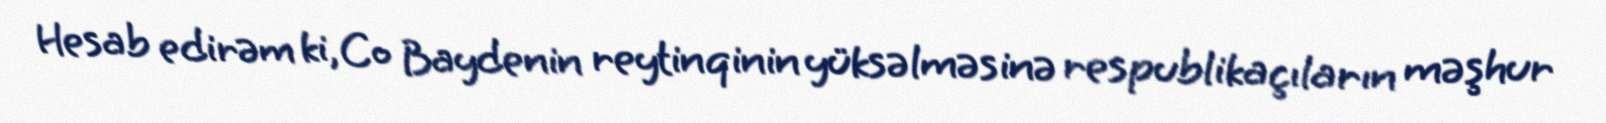
Hesab edirəm ki, Co Baydenin reytinqinin yüksəlməsinə respublikaçıların məşhur